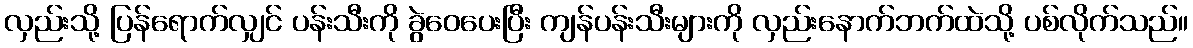
လှည်းသို့ ပြန်ရောက်လျှင် ပန်းသီးကို ခွဲဝေပေးပြီး ကျန်ပန်းသီးများကို လှည်းနောက်ဘက်ထဲသို့ ပစ်လိုက်သည်။